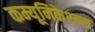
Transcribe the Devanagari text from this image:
कम्यूनिकेश्न्स